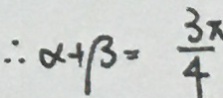
\therefore a + \beta = \frac { 3 x } { 4 }